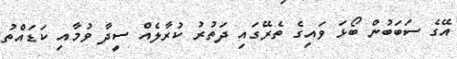
އޭގެ ސަބަބުން ބޯޅަ ވައިގެ ތެރޭގައި ދަތުރު ކުރާލެއް ސީދާ ވުމާއި ކަޑައްތު